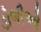
ડોળીઓ